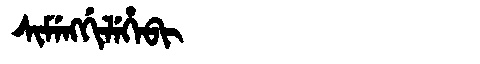
Manchu: ᠰᡳᠮᡝᠩᡤᡳᠯᡝᡥᡝᠪᡳ
Romanization: SIMENGGILEHEBI